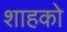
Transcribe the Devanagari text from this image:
शाहको